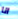
انا